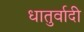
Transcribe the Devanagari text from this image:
धातुर्वादी